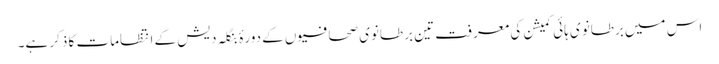
اس میں برطانوی ہائی کمیشن کی معرفت تین برطانوی صحافیوں کے دورۂ بنگلہ دیش کے انتظامات کا ذکر ہے۔